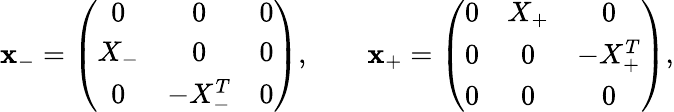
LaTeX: \mathbf{x}_{-}=\left(\begin{array}{ccc}{{0}}&{{0}}&{{0}}\\ {{X_{-}}}&{{0}}&{{0}}\\ {{0}}&{{-X_{-}^{T}}}&{{0}}\end{array}\right),\qquad\mathbf{x}_{+}=\left(\begin{array}{ccc}{{0}}&{{X_{+}}}&{{0}}\\ {{0}}&{{0}}&{{-X_{+}^{T}}}\\ {{0}}&{{0}}&{{0}}\end{array}\right),